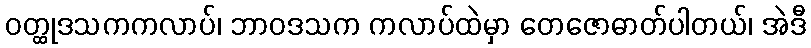
ဝတ္ထုဒသကကလာပ်၊ ဘာဝဒသက ကလာပ်ထဲမှာ တေဇောဓာတ်ပါတယ်၊ အဲဒီ